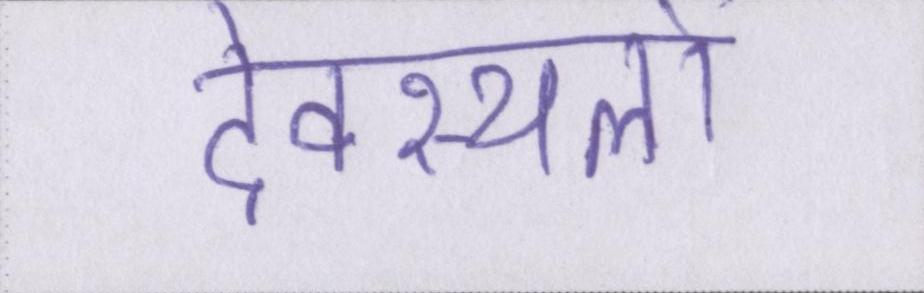
देवस्थलों